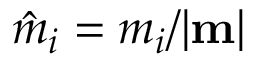
\hat { m } _ { i } = m _ { i } / | { \bf m } |